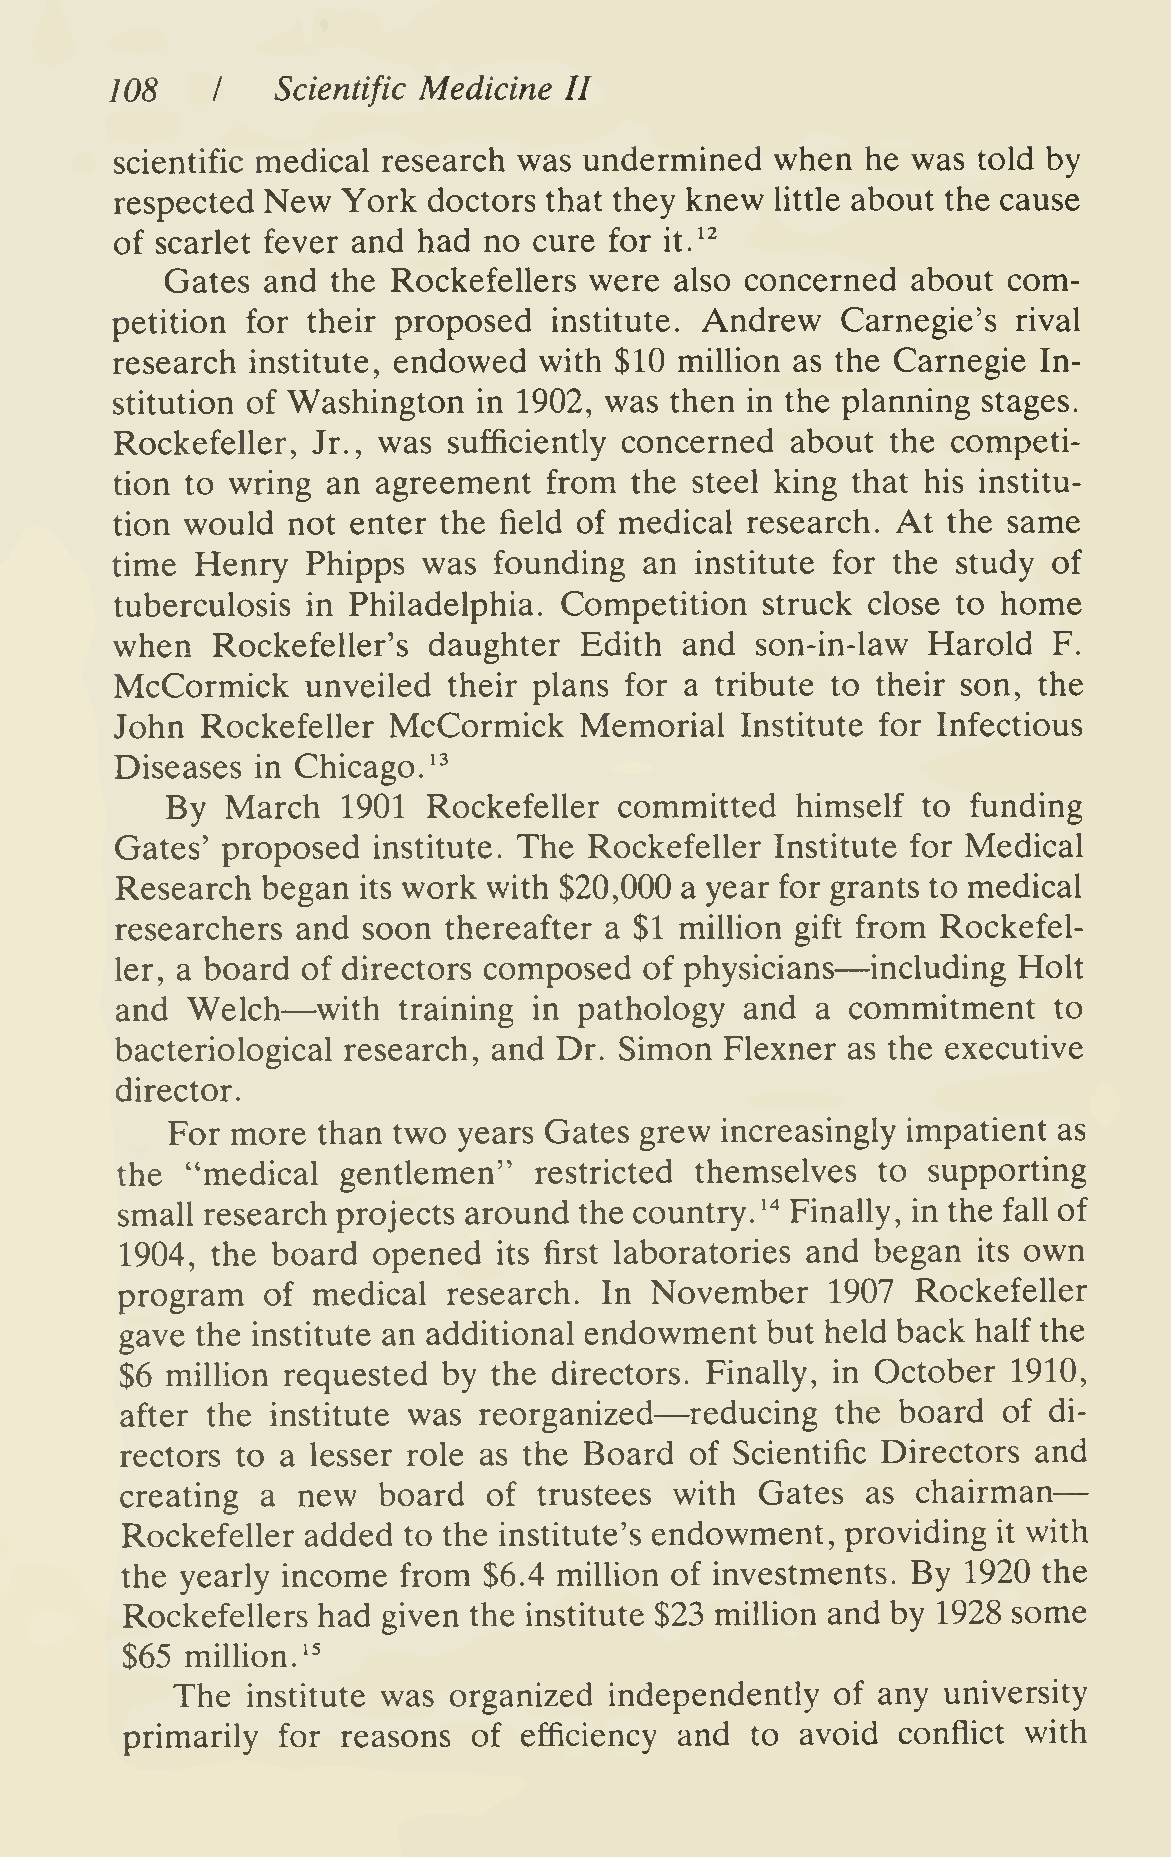
—
 108    I   Scientific Medicine II
 scientific medical research was undermined when  he was  told by
 respected New  York doctors that they knew Uttle about the cause
 of scarlet fever and had no cure for it.^^
 Gates and  the Rockefellers were  also concerned about  com-
 petition for their proposed   institute. Andrew  Carnegie's rival
 research institute, endowed with $10 million as the Carnegie In-
 stitution of Washington  in 1902, was then in the planning stages.
 Rockefeller, Jr., was sufficiently concerned about the competi-
 tion to wring an agreement  from  the steel king that his institu-
 tion would not enter the field of medical research. At the same
 time  Henry  Phipps  was  founding  an institute for the study of
 tuberculosis in Philadelphia. Competition struck close to home
 when  Rockefeller's daughter  Edith  and  son-in-law Harold   F.
 McCormick   unveiled  their plans for a tribute to their son, the
 John Rockefeller  McCormick   Memorial   Institute for Infectious
 Diseases in Chicago. ^^
 By  March   1901 Rockefeller  committed   himself to funding
 Gates' proposed  institute. The Rockefeller Institute for Medical
 Research began  its work with $20,000 a year for grants to medical
 researchers and soon thereafter a $1 million gift from Rockefel-
 —
 ler, a board of directors composed of physicians  including Holt
 —
 and Welch    with training in pathology  and  a commitment    to
 bacteriological research, and Dr. Simon Flexner as the executive
 director.
 For more  than two years Gates grew  increasingly impatient as
 the "medical   gentlemen"  restricted themselves  to supporting
 small research projects around the country. ^"^ Finally, in the fall of
 1904, the board  opened  its first laboratories and began its own
 program  of  medical  research. In November    1907  Rockefeller
 gave the institute an additional endowment but held back half the
 $6 million requested by  the directors. Finally, in October 1910,
 —
 after the institute was reorganized   reducing the board  of di-
 rectors to a lesser role as the Board of Scientific Directors and
 creating a  new  board  of  trustees with Gates  as  chairman
 Rockefeller added  to the institute's endowment, providing it with
 the yearly income from  $6.4 million of investments. By 1920 the
 Rockefellers had given the institute $23 million and by 1928 some
 $65 million.^'
 The  institute was organized independently  of any university
 primarily for  reasons of efficiency and  to avoid conflict with